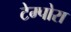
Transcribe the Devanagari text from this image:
टेम्पोरा